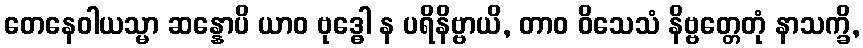
တေနေဝါယသ္မာ ဆန္နောပိ ယာဝ ဗုဒ္ဓေါ န ပရိနိဗ္ဗာယိ, တာဝ ဝိသေသံ နိဗ္ဗတ္တေတုံ နာသက္ခိ,